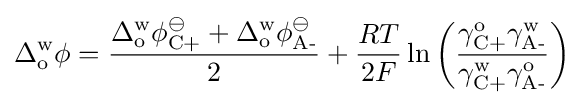
\Delta _{\text{o}}^{\text{w}}\phi ={\frac {\Delta _{\text{o}}^{\text{w}}\phi _{\text{C+}}^{\ominus }+\Delta _{\text{o}}^{\text{w}}\phi _{\text{A-}}^{\ominus }}{2}}+{\frac {RT}{2F}}\ln {\left({\frac {\gamma _{\text{C+}}^{\text{o}}\gamma _{\text{A-}}^{\text{w}}}{\gamma _{\text{C+}}^{\text{w}}\gamma _{\text{A-}}^{\text{o}}}}\right)}